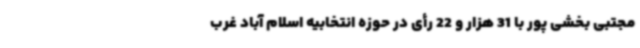
مجتبی بخشی پور با 31 هزار و 22 رأی در حوزه انتخابیه اسلام آباد غرب